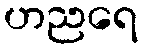
ဟညရေ